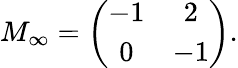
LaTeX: M_{\infty}=\left(\begin{array}{cc}{{-1}}&{{2}}\\ {{0}}&{{-1}}\end{array}\right).